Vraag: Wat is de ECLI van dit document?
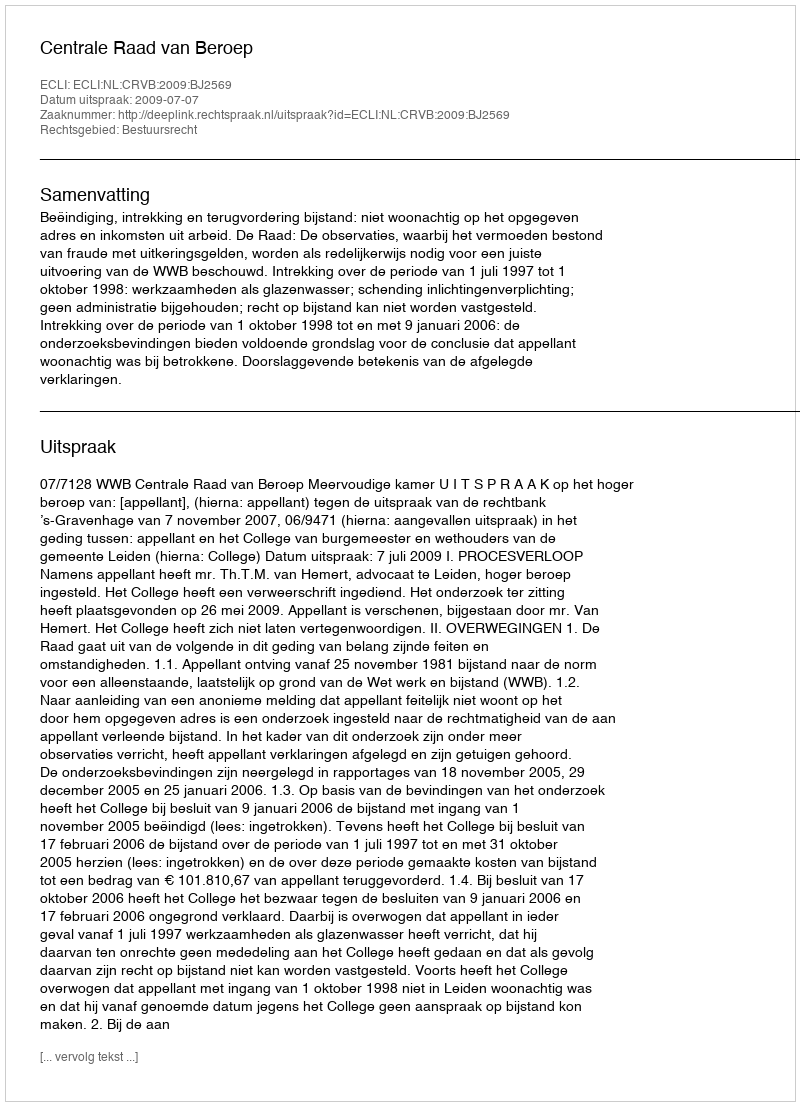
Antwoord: ECLI:NL:CRVB:2009:BJ2569